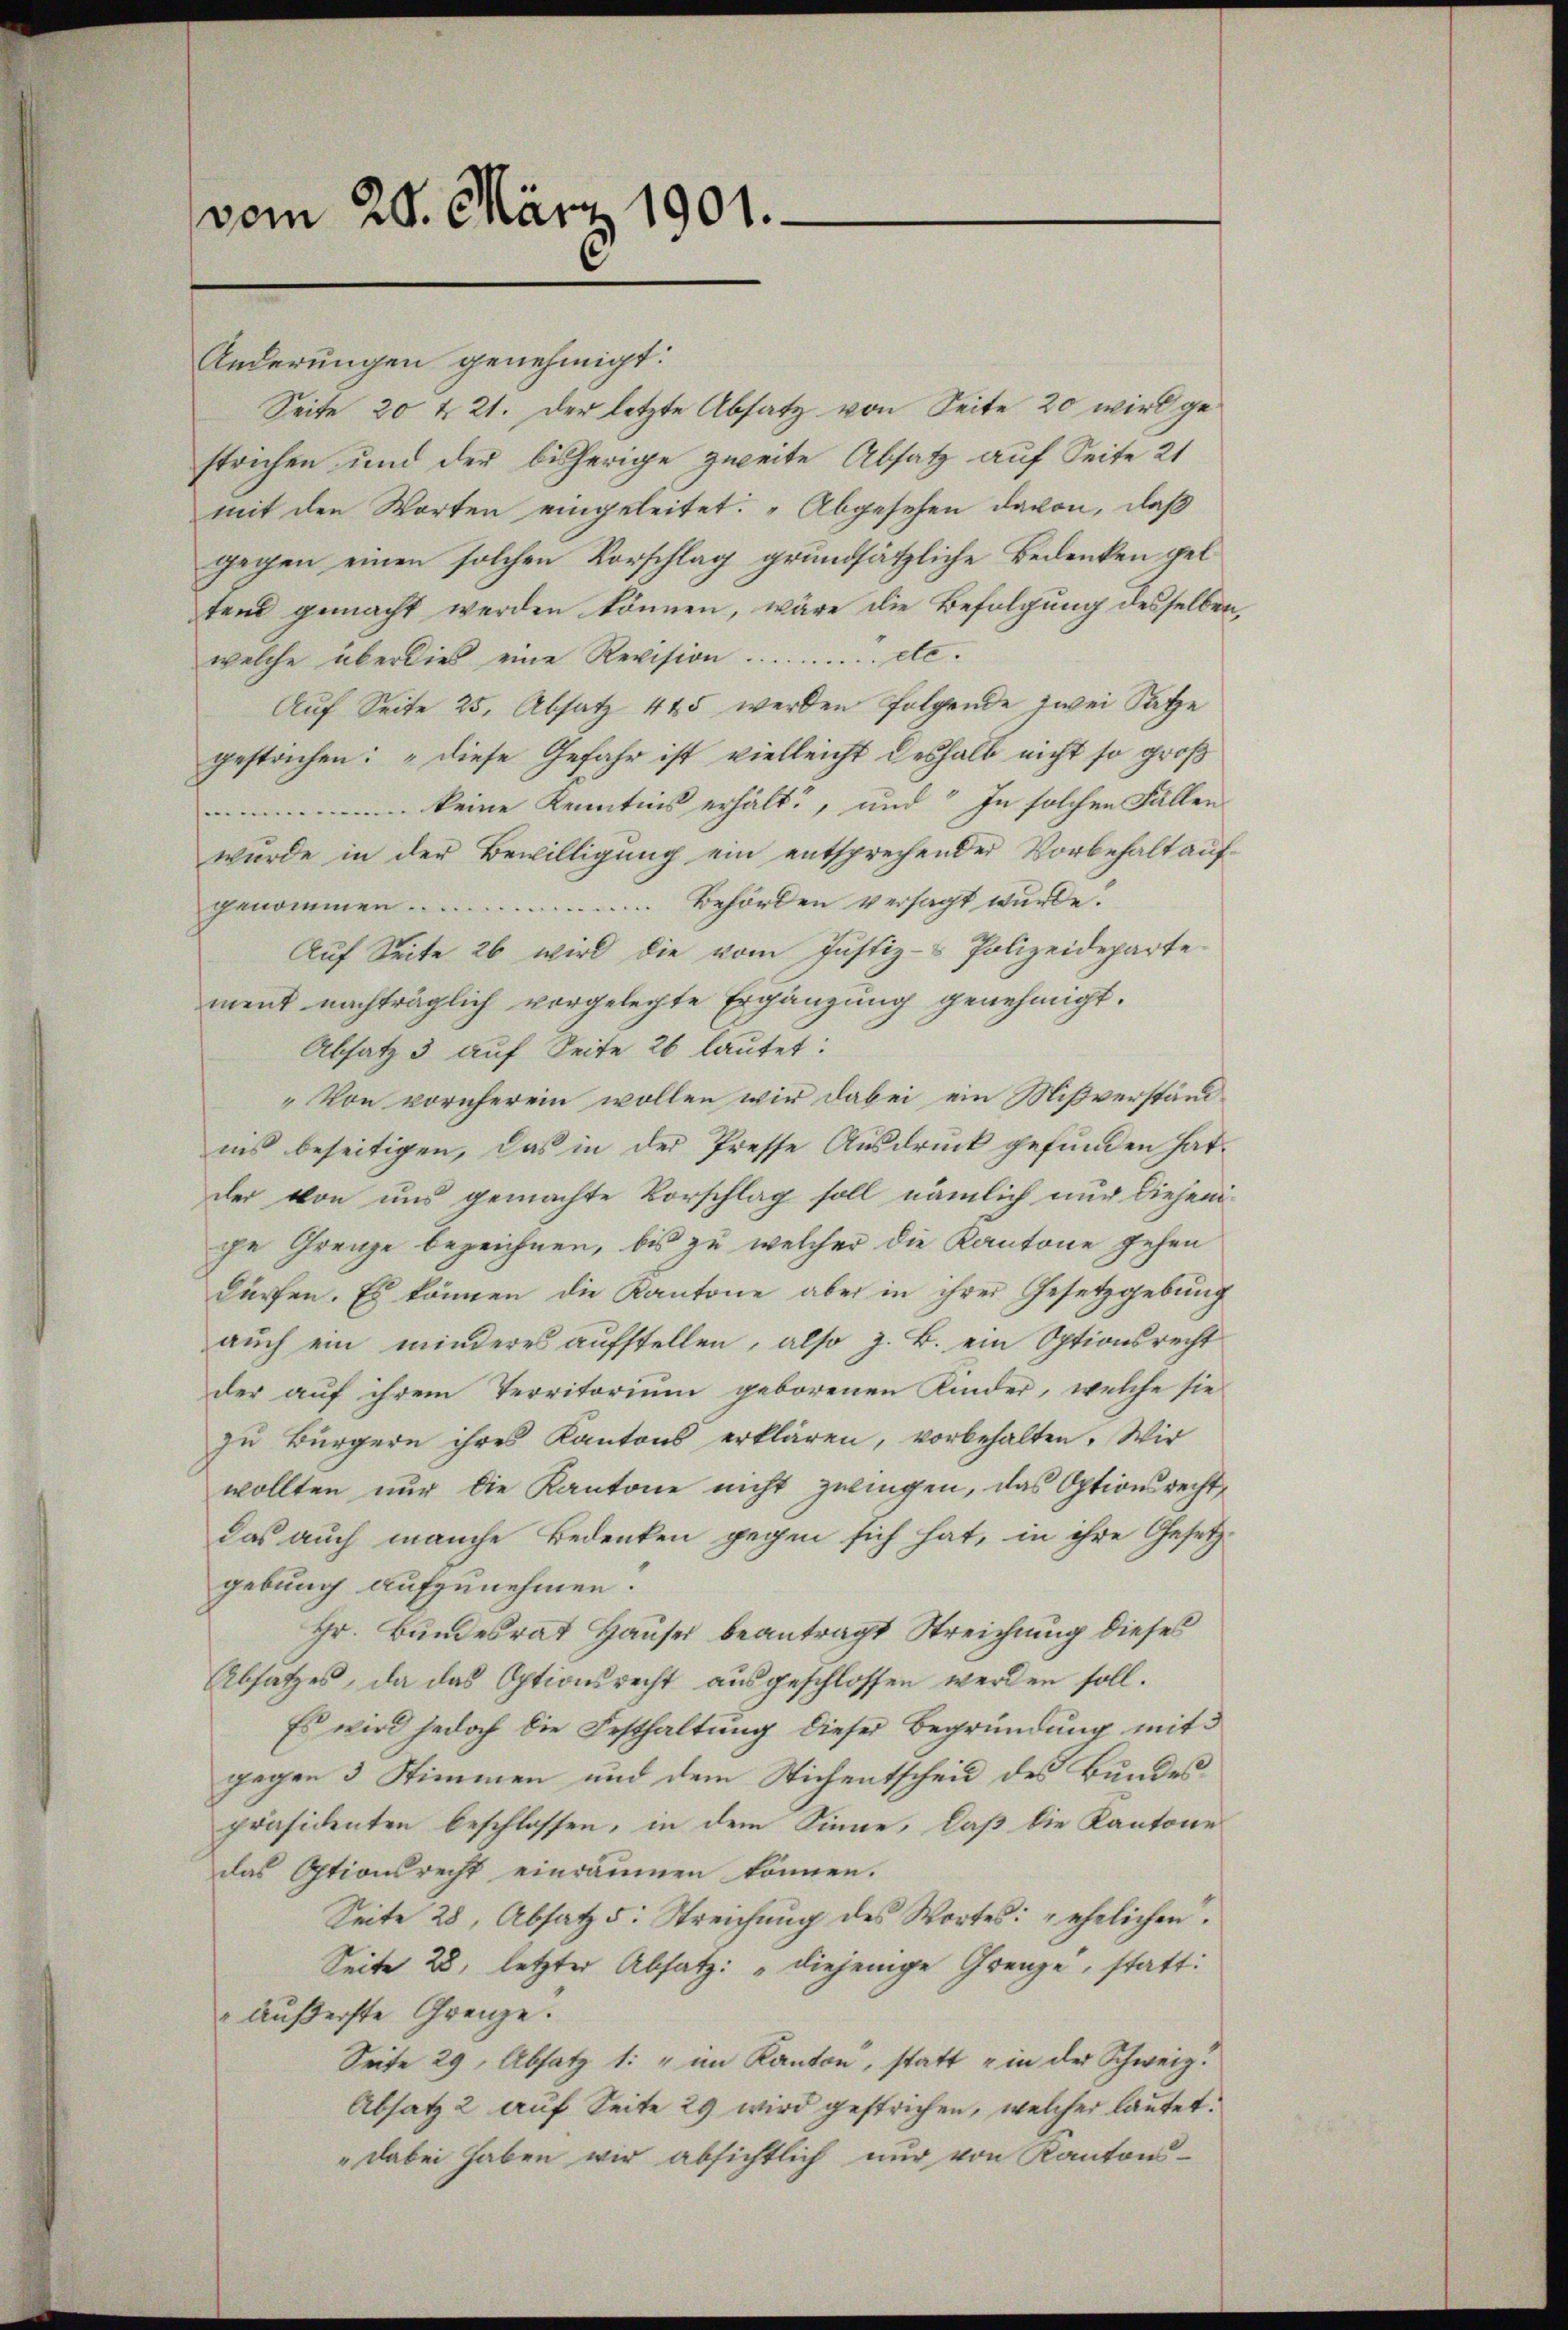
vom 20. März 1901.

Änderungen genehmigt.
Seite 20 t 21. Der letzte Absatz von Seite 20 wird gestrichen und der bisherige zweite Absatz auf Seite 21
mit den Worten eingeleitet. „Abgesehen davon, daß
gegen einen solchen Vorschlag grundsätzliche Bedenken gel
tend gemacht werden können, wäre die Befolgung desselben,
welche überdies eine Revision ............. etc.
Auf Seite 25, Absatz 445 werden folgende zwei Sätze
gestrichen: „Diese Gefahr ist vielleicht deshalb nicht so groß
n keine Kenntnis erhält, und In solchen Fällen
wurde in der Bewilligung ein entsprechender Vorbehalt auf-
Behörden versagt wurde.
genommen .......
Auf Seite 26 wird die vom Justiz- & Polizeideparte
ment nachträglich vorgelegte Ergänzung genehmigt.
Absatz 3 auf Seite 26 lautet:
Von vornherein wollen wir dabei ein Mißverständ
iis beseitigen, das in der Presse Ausdruck gefunden hat.
der von uns gemachte Vorschlag soll nämlich nur diejeni-
ge Grenze bezeichnen, bis zu welcher die Kantone gehen
dürfen. Es können die Kantone aber in ihrer Gesetzgebung
aŭch ein minderes aufstellen, also z. B. ein Optionsrecht
der auf ihrem Territorium geborenen Kinder, welche sie
zu Bürgern ihres Kantons erklären, vorbehalten. Wir
wollten nur die Kantone nicht zwingen, das Optionsrechtdas auch manche Bedenken gegen sich hat, in ihre Gesetz-
gebung aufzunehmen.
Hr. Bundesrat Hauses beantragt Streichung dieses
Absatzes, da das Optionsrecht ausgeschlossen werden soll.
Es wird jedoch die Festhaltung dieser Begründung mit
gegen 3 Stimmen und dem Stichentscheid des Bundes
präsidenten beschlossen, in dem Sinne, daß die Kantone
das Optionsrecht einräumen können.
Seite 28, Absatz 5: Streichung des Wortes: „ehelichen.
Seite 28, letzter Absatz: „diejenige Grenze, statt:
 äußerste Grenze.
Seite 29, Absatz 1: " im Kanton, statt & in der Schweiz.
Absatz 2 auf Seite 29 wird gestrichen, welcher lautet.
" dabei haben wir absichtlich nur von Kantons-